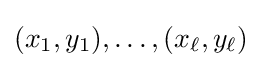
(x_{1},y_{1}),\ldots ,(x_{\ell },y_{\ell })